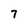
Character: 7